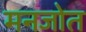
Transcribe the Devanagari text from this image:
मनजोत